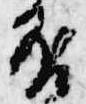
否